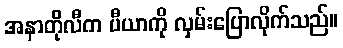
အနာတိုလီက ပီယာကို လှမ်းပြောလိုက်သည်။